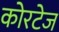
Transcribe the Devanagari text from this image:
कोरटेज